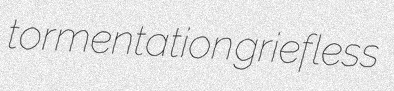
tormentation griefless